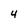
Character: 4